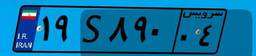
۲۱S۰۱۰۷۴